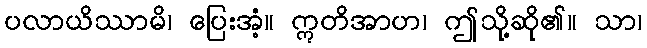
ပလာယိဿာမိ၊ ပြေးအံ့။ ဣတိအာဟ၊ ဤသို့ဆို၏။ သာ၊